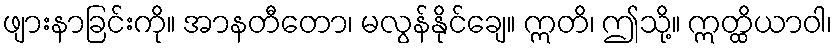
ဖျားနာခြင်းကို။ အာနတီတော၊ မလွန်နိုင်ချေ။ ဣတိ၊ ဤသို့။ ဣတ္ထိယာဝါ၊